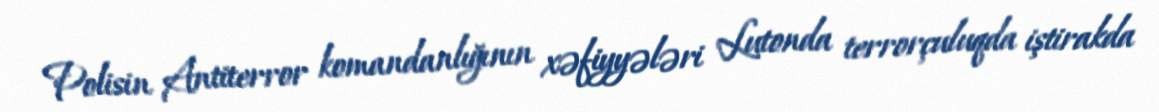
Polisin Antiterror komandanlığının xəfiyyələri Lutonda terrorçuluqda iştirakda